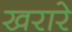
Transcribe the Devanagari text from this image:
खरारे